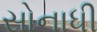
સોનાધી